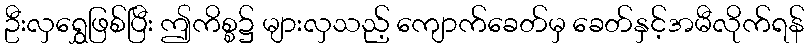
ဦးလှရွှေဖြစ်ပြီး ဤကိစ္စ၌ များလှသည့် ကျောက်ခေတ်မှ ခေတ်နှင့်အမီလိုက်ရန်